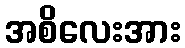
အစိလေးအား